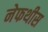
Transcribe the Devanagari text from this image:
नेफथीस